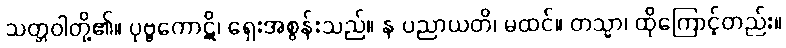
သတ္တဝါတို့၏။ ပုဗ္ဗကောဋိ၊ ရှေးအစွန်းသည်။ န ပညာယတိ၊ မထင်။ တသ္မာ၊ ထိုကြောင့်တည်း။